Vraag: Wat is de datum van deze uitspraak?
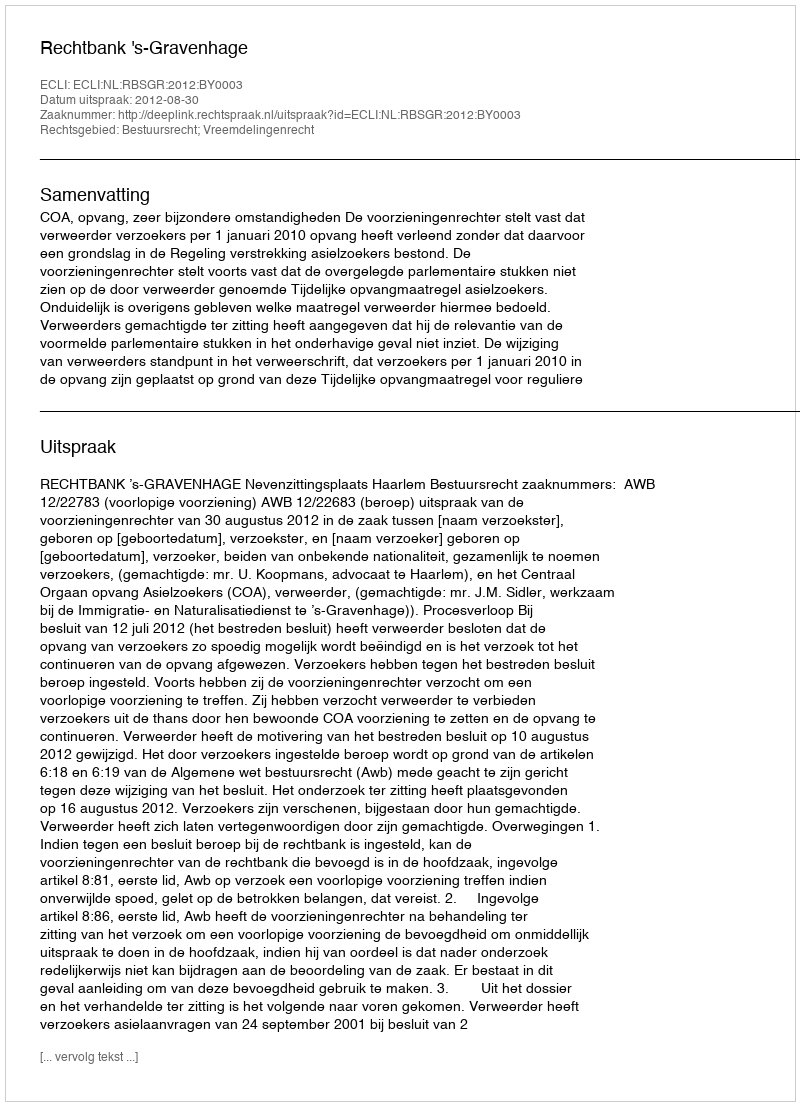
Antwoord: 2012-08-30